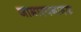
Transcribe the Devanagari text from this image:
जामास्पनामक